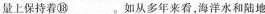
量上保持着⑱___，如从多年来看，海洋水和陆地